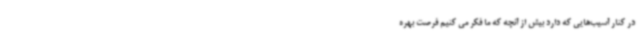
در کنار آسیب‌هایی که دارد بیش از آنچه که ما فکر می کنیم فرصت بهره